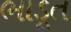
ભાડૂત